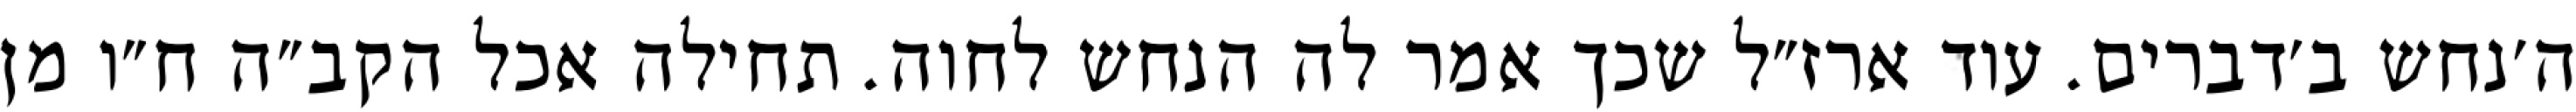
ה׳נחש ב׳דברים. עוד ארז״ל שכך אמר לה הנחש לחוה. תחילה אכל הקב״ה ח״ו מן